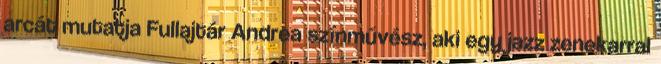
arcát mutatja Fullajtár Andrea színművész, aki egy jazz zenekarral